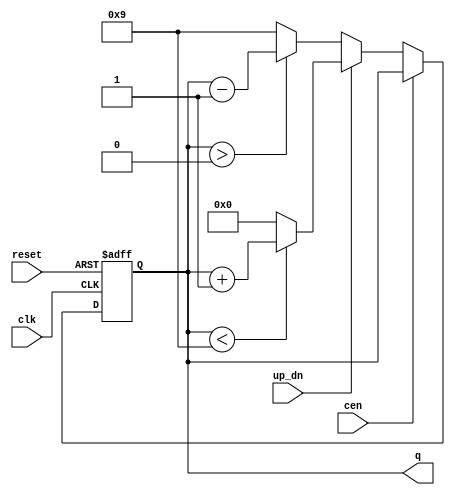
module myMOD10Counter (
input up_dn,
input cen, 
input clk, 
input reset,
output reg  [3:0] q
);

always @(negedge clk or negedge reset)
begin 
	if(~reset)
		q <= 4'b0000;
	else if (~cen)
		begin
			if(up_dn)
				if (q < 4'b1001)
					q <= q + 1;
				else
					q <= 4'b0000;
			else 
				if ( q > 4'b0000)
					q <= q - 1;
					
				else 
					q <= 4'b1001;
		end
	else 
		q <= q;
end
endmodule